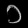
Digit: ၁